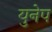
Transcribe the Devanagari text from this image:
युनेप